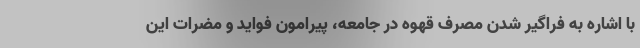
با اشاره به فراگیر شدن مصرف قهوه در جامعه، پیرامون فواید و مضرات این